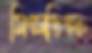
সিএসডিএফ